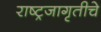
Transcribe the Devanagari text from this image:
राष्ट्रजागृतीचे